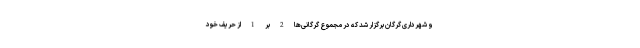
و شهرداری گرگان برگزار شد که در مجموع گرگانی‌ها 2 بر 1 از حریف خود